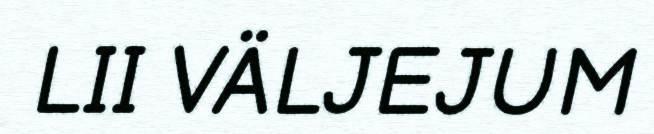
LII VÄLJEJUM